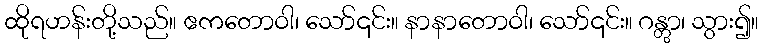
ထိုရဟန်းတို့သည်။ ဧကတောဝါ၊ သော်၎င်း။ နာနာတောဝါ၊ သော်၎င်း။ ဂန္တွာ၊ သွား၍။